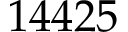
1 4 4 2 5